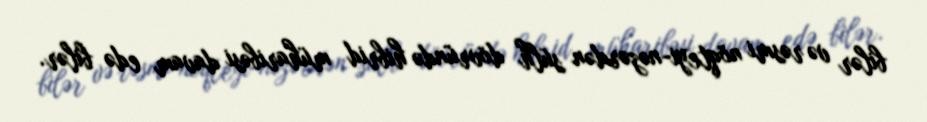
bilər və rəsmi nöqteyi-nəzərdən sülh dövründə hibrid müharibəsi davam edə bilər.